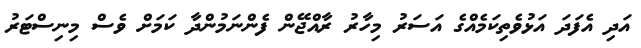
އަދި އެފަދަ އަޅުވެތިކަމެއްގެ އަސަރު މިހާރު ރާއްޖޭން ފެންނަމުންދާ ކަމަށް ވެސް މިނިސްޓަރު